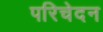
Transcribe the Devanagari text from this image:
परिचेदन